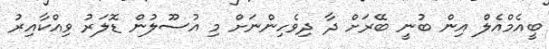
ބީއެމްއެލް އިން ބުނީ ބޭރަށް ދާ ދިވެހިންނަށް މި އުސޫލުން ޑޮލަރު ވިއްކާއިރު